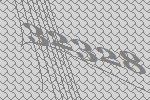
32328